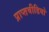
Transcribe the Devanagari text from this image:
प्राप्तवीडियो